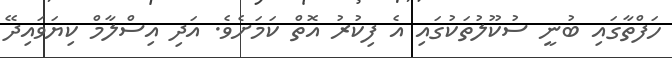
ހަފްތާގައި ބުނީ ސުކޫލުތަކުގައި އެ ފިކުރު އޮތް ކަމަށެވެ. އަދި އިސްލާމް ކިޔަވައިދޭ